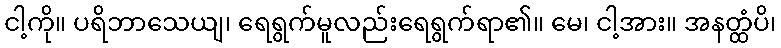
ငါ့ကို။ ပရိဘာသေယျ၊ ရေရွက်မူလည်းရေရွက်ရာ၏။ မေ၊ ငါ့အား။ အနတ္ထံပိ၊